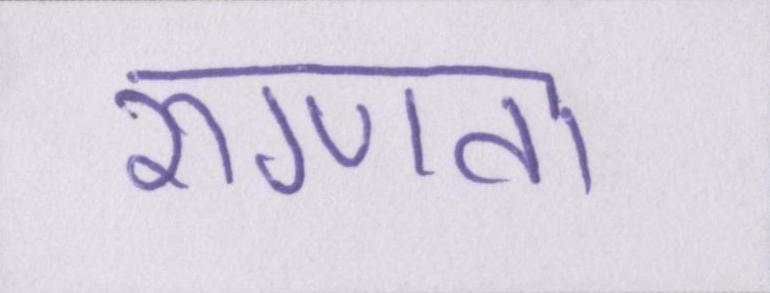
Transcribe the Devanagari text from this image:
रुग्णता